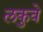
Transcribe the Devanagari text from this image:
लकुवे